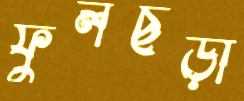
ফুলছড়া